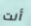
أنت